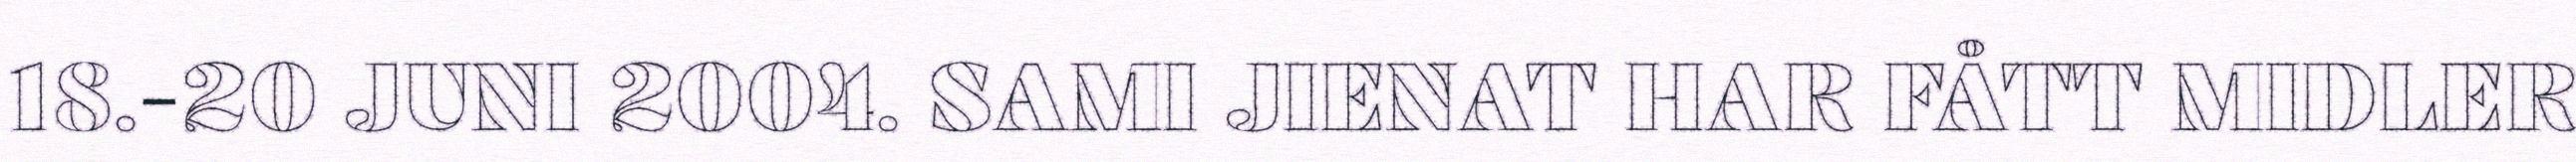
18.-20 JUNI 2004. SAMI JIENAT HAR FÅTT MIDLER